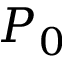
P _ { 0 }